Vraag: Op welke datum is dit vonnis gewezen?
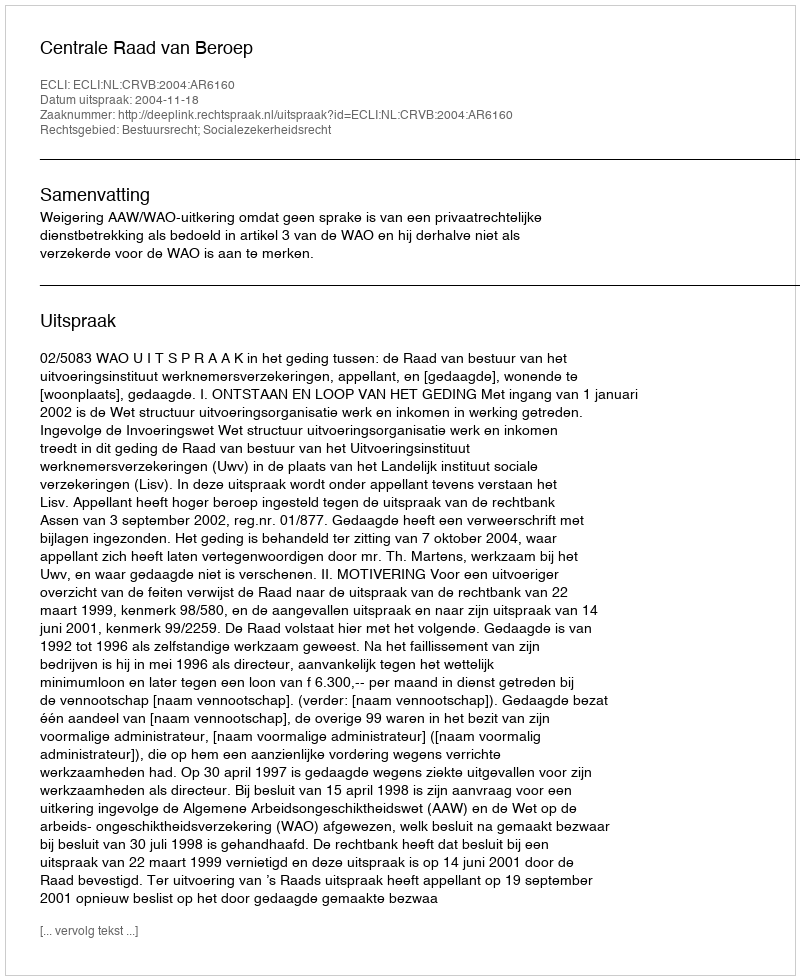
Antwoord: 2004-11-18